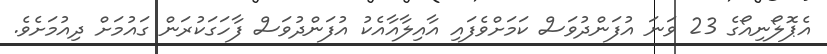
އެޕޮލޯނިއޯގެ 23 ވަނަ އުފަންދުވަސް ކަމަށްވެފައި އާއިލާއާއެކު އުފަންދުވަސް ފާހަގަކުރަން ގައުމަށް ދިއުމަށެވެ.